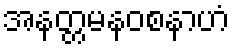
အနတ္တမနဝစနာဟံ